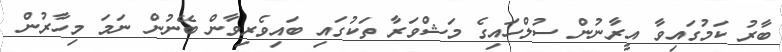
ބާރު ކަމުގައިވާ އީރާނުން ސުލްހައިގެ މަޝްވަރާ ތަކުގައި ބައިވެރިވާން ބޭނުން ނަމަ މިހާރުން